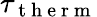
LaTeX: \tau_{\mathrm{~t~h~e~r~m~}}